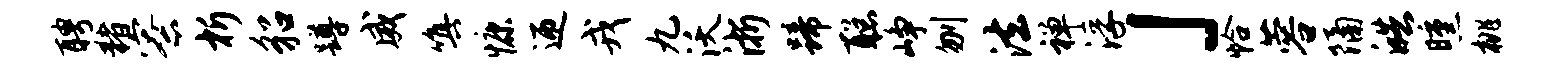
聘猪寮析貂蹲威嗔慷迎戎九沃浙蹄聪峥刎法禅浮」恰蓉隔皓曛桃